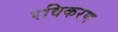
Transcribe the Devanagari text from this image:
रविकरण